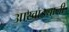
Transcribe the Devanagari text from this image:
आखाड्यानी